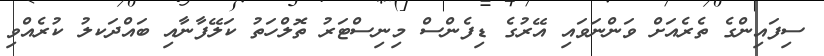
ސިފައިންގެ ތެރެއަށް ވަންނަވައި އޭރުގެ ޑިފެންސް މިނިސްޓަރު ތޮލްހަތު ކަލޭފާނާއި ބައްދަކލު ކުރެއްވި